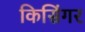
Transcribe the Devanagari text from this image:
किसिंगर